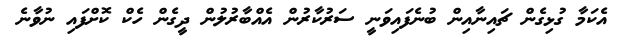
އެކަމާ ގުޅިގެން ޗައިނާއިން ބުނެފައިވަނީ ސަރުކާރުން އެއްބާރުލުން ދީގެން ހެކް ކޮށްފައި ނުވާނެ